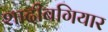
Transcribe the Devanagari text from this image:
शादीबगियार